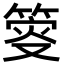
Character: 𥯴